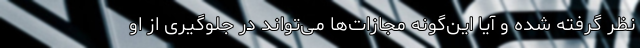
نظر گرفته شده‌ و آیا این‌گونه مجازات‌ها می‌تواند در جلوگیری از او